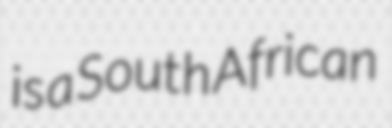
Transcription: is a South African